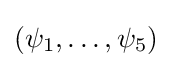
{\textstyle (\psi _{1},\dots ,\psi _{5})}